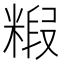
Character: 𮇭